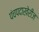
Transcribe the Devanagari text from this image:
पंचपदाखेरीज